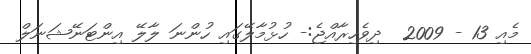
މެއި 13 - 2009  ދިވެހިރާއްޖެ:- ހުޅުމާލޭގައި ހުންނަ ލާލޭ އިންޓަނޭޝަނަލް